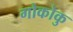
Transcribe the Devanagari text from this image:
गोकोकु